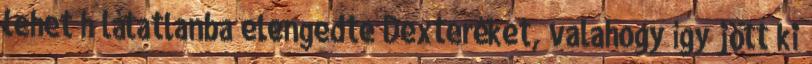
lehet h látatlanba elengedte Dexteréket, valahogy így jött ki